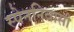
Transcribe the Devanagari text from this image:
स्पेननिवासी